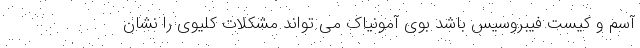
آسم و کیست فیبروسیس باشد بوی آمونیاک می تواند مشکلات کلیوی را نشان